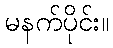
မနက်ပိုင်း။